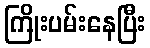
ကြိုးပမ်းနေပြီး